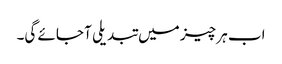
اب ہر چیز میں تبدیلی آ جائے گی۔